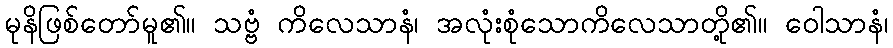
မုနိဖြစ်တော်မူ၏။ သဗ္ဗံ ကိလေသာနံ၊ အလုံးစုံသောကိလေသာတို့၏။ ဝေါသာနံ၊